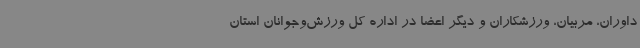
داوران، مربیان، ورزشکاران و دیگر اعضا در اداره کل ورزش‌وجوانان استان